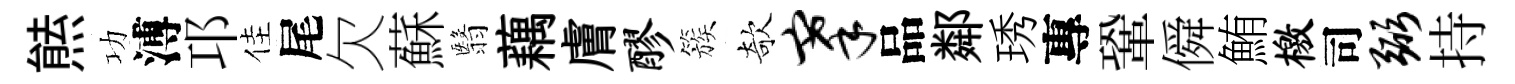
㷱功溥邛佳尾欠蘇翳藕膚醪簇欹搴品鄰琇專鞏僢鮪檄司弼持